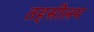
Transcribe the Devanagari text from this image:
तहसीलम